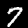
Digit: 7